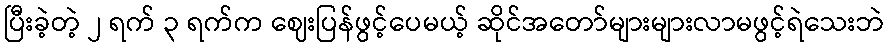
ပြီးခဲ့တဲ့ ၂ ရက် ၃ ရက်က ဈေးပြန်ဖွင့်ပေမယ့် ဆိုင်အတော်များများလာမဖွင့်ရဲသေးဘဲ